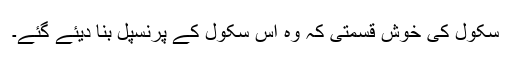
سکول کی خوش قسمتی کہ وہ اس سکول کے پرنسپل بنا دیئے گئے۔